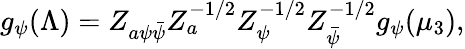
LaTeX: g_{\psi}(\Lambda)=Z_{a\psi\bar{\psi}}Z_{a}^{-1/2}Z_{\psi}^{-1/2}Z_{\bar{\psi}}^{-1/2}g_{\psi}(\mu_{3}),